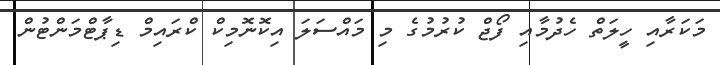
މަކަރާއި ހީލަތް ހެދުމާއި ފޯޖް ކުރުމުގެ މި މައްސަލަ އިކޮނޮމިކް ކްރައިމް ޑިޕާޓްމަންޓުން